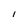
Character: I